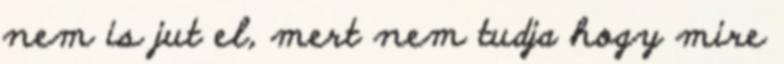
nem is jut el, mert nem tudja hogy mire